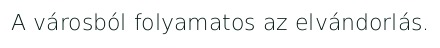
A városból folyamatos az elvándorlás.